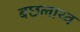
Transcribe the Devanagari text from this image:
बछलाथ्व